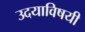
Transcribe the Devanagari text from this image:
उदयाविषयी